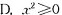
D.x^{2}≥0